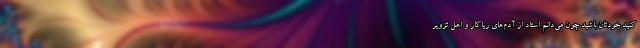
کنید خودتان باشید چون می‌دانم استاد از آدم‌های ریاکار و اهل تزویر